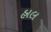
હાલ